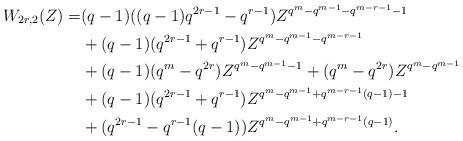
LaTeX: \begin{align*}W_{2r,2}(Z)=&(q-1)((q-1)q^{2r-1}-q^{r-1})Z^{q^m-q^{m-1}-q^{m-r-1}-1}\\&+(q-1)(q^{2r-1}+q^{r-1})Z^{q^m-q^{m-1}-q^{m-r-1}}\\&+(q-1)(q^m-q^{2r})Z^{q^m-q^{m-1}-1}+(q^m-q^{2r})Z^{q^m-q^{m-1}}\\&+(q-1)(q^{2r-1}+q^{r-1})Z^{q^m-q^{m-1}+q^{m-r-1}(q-1)-1}\\&+(q^{2r-1}-q^{r-1}(q-1))Z^{q^m-q^{m-1}+q^{m-r-1}(q-1)}.\end{align*}